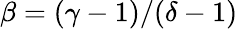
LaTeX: \beta=(\gamma-1)/(\delta-1)